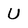
Character: U